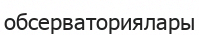
обсерваториялары